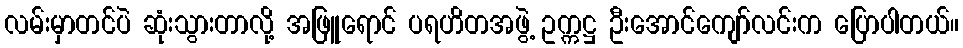
လမ်းမှာတင်ပဲ ဆုံးသွားတာလို့ အဖြူရောင် ပရဟိတအဖွဲ့ ဥက္ကဋ္ဌ ဦးအောင်ကျော်လင်းက ပြောပါတယ်။